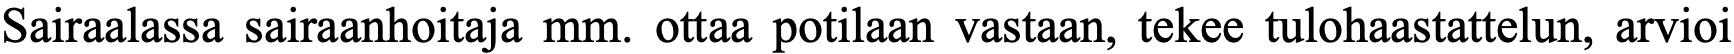
Sairaalassa sairaanhoitaja mm. ottaa potilaan vastaan, tekee tulohaastattelun, arvioi